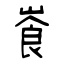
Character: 崀